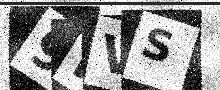
Text: 9FVS